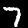
Label: 7